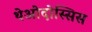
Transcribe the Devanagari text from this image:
थेओदोस्सिस